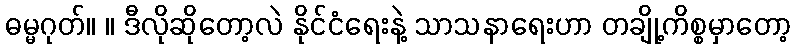
ဓမ္မဂုတ်။ ။ ဒီလိုဆိုတော့လဲ နိုင်ငံရေးနဲ့ သာသနာရေးဟာ တချို့ကိစ္စမှာတော့